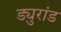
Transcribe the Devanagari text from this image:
ड्युरांड